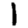
Digit: 1